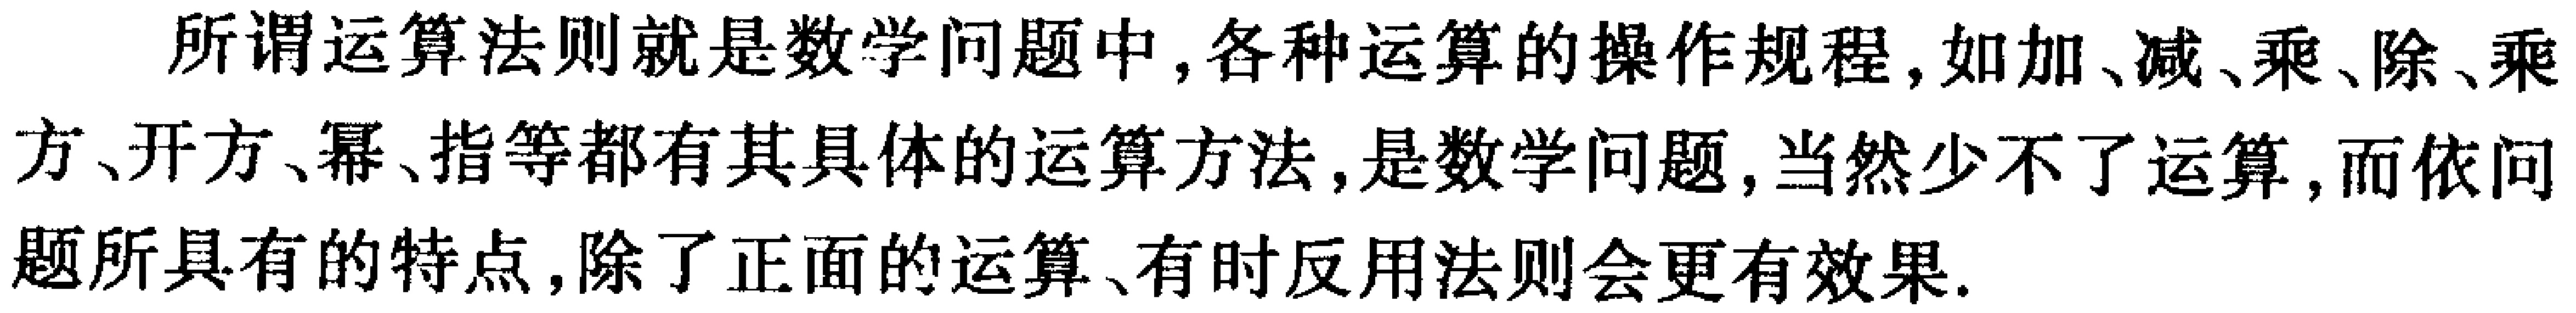
所谓运算法则就是数学问题中,各种运算的操作规程,如加、减、乘、除、乘方、开方、幂、指等都有其具体的运算方法,是数学问题,当然少不了运算,而依问题所具有的特点,除了正面的运算、有时反用法则会更有效果.